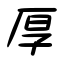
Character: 厚